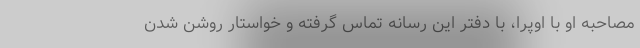
مصاحبه او با اوپرا، با دفتر این رسانه تماس گرفته و خواستار روشن شدن